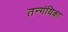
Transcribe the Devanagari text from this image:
तन्गंयिका